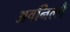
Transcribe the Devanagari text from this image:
अवनिल्लै